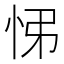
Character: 𢘘